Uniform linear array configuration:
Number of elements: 24
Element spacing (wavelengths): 0.5
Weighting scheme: uniform
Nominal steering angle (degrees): -60
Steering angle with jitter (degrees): -58.637
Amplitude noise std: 0.05
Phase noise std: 0.05

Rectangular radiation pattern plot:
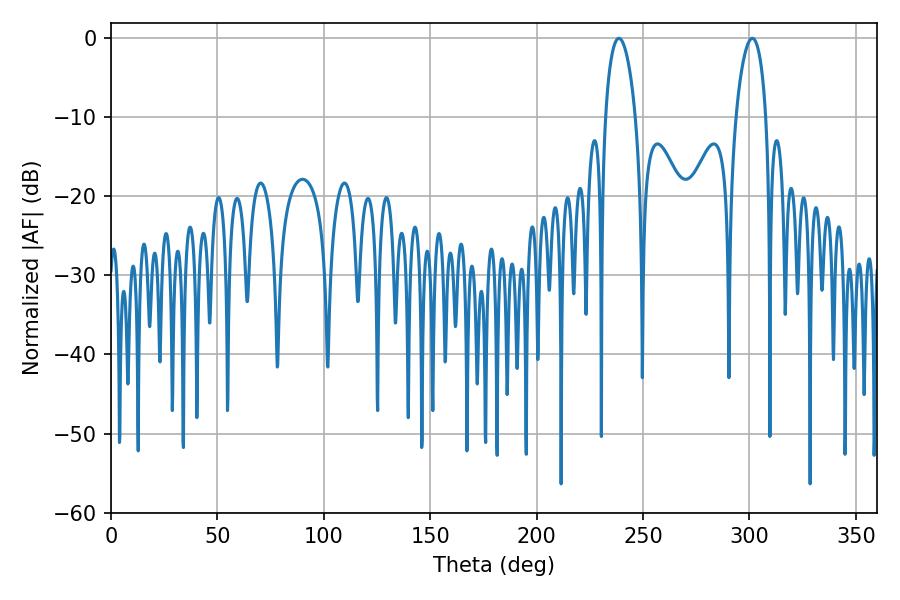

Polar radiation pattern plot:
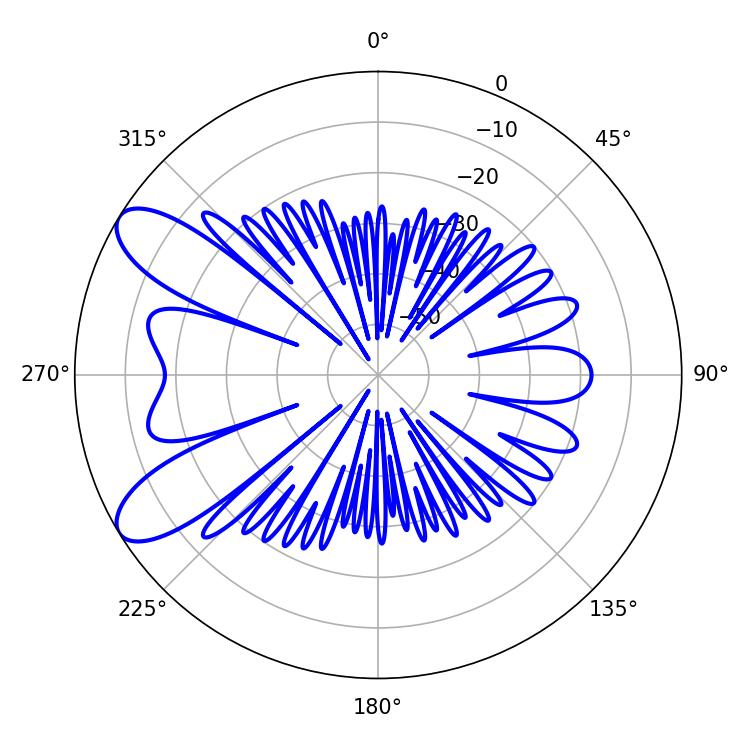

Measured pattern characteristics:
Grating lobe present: FALSE
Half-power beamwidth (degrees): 8.1
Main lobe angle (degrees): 301.32